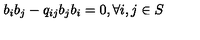
b _ { i } b _ { j } - q _ { i j } b _ { j } b _ { i } = 0 , \forall i , j \in S